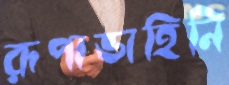
রূপাভাহিনি